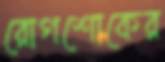
রোগশোকের